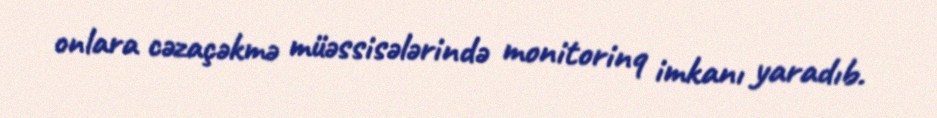
onlara cəzaçəkmə müəssisələrində monitorinq imkanı yaradıb.